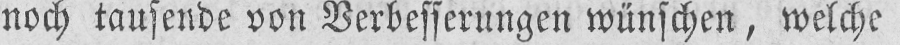
noch tausende von Verbesserungen wünschen, welche